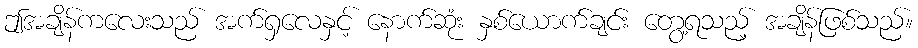
ဤအချိန်ကလေးသည် အက်ရှလေနှင့် နောက်ဆုံး နှစ်ယောက်ချင်း တွေ့ရသည့် အချိန်ဖြစ်သည်။